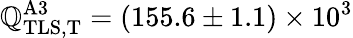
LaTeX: \mathbb{Q}_{\mathrm{{TLS,T}}}^{\mathrm{{A3}}}=(155.6\pm1.1)\times10^{3}